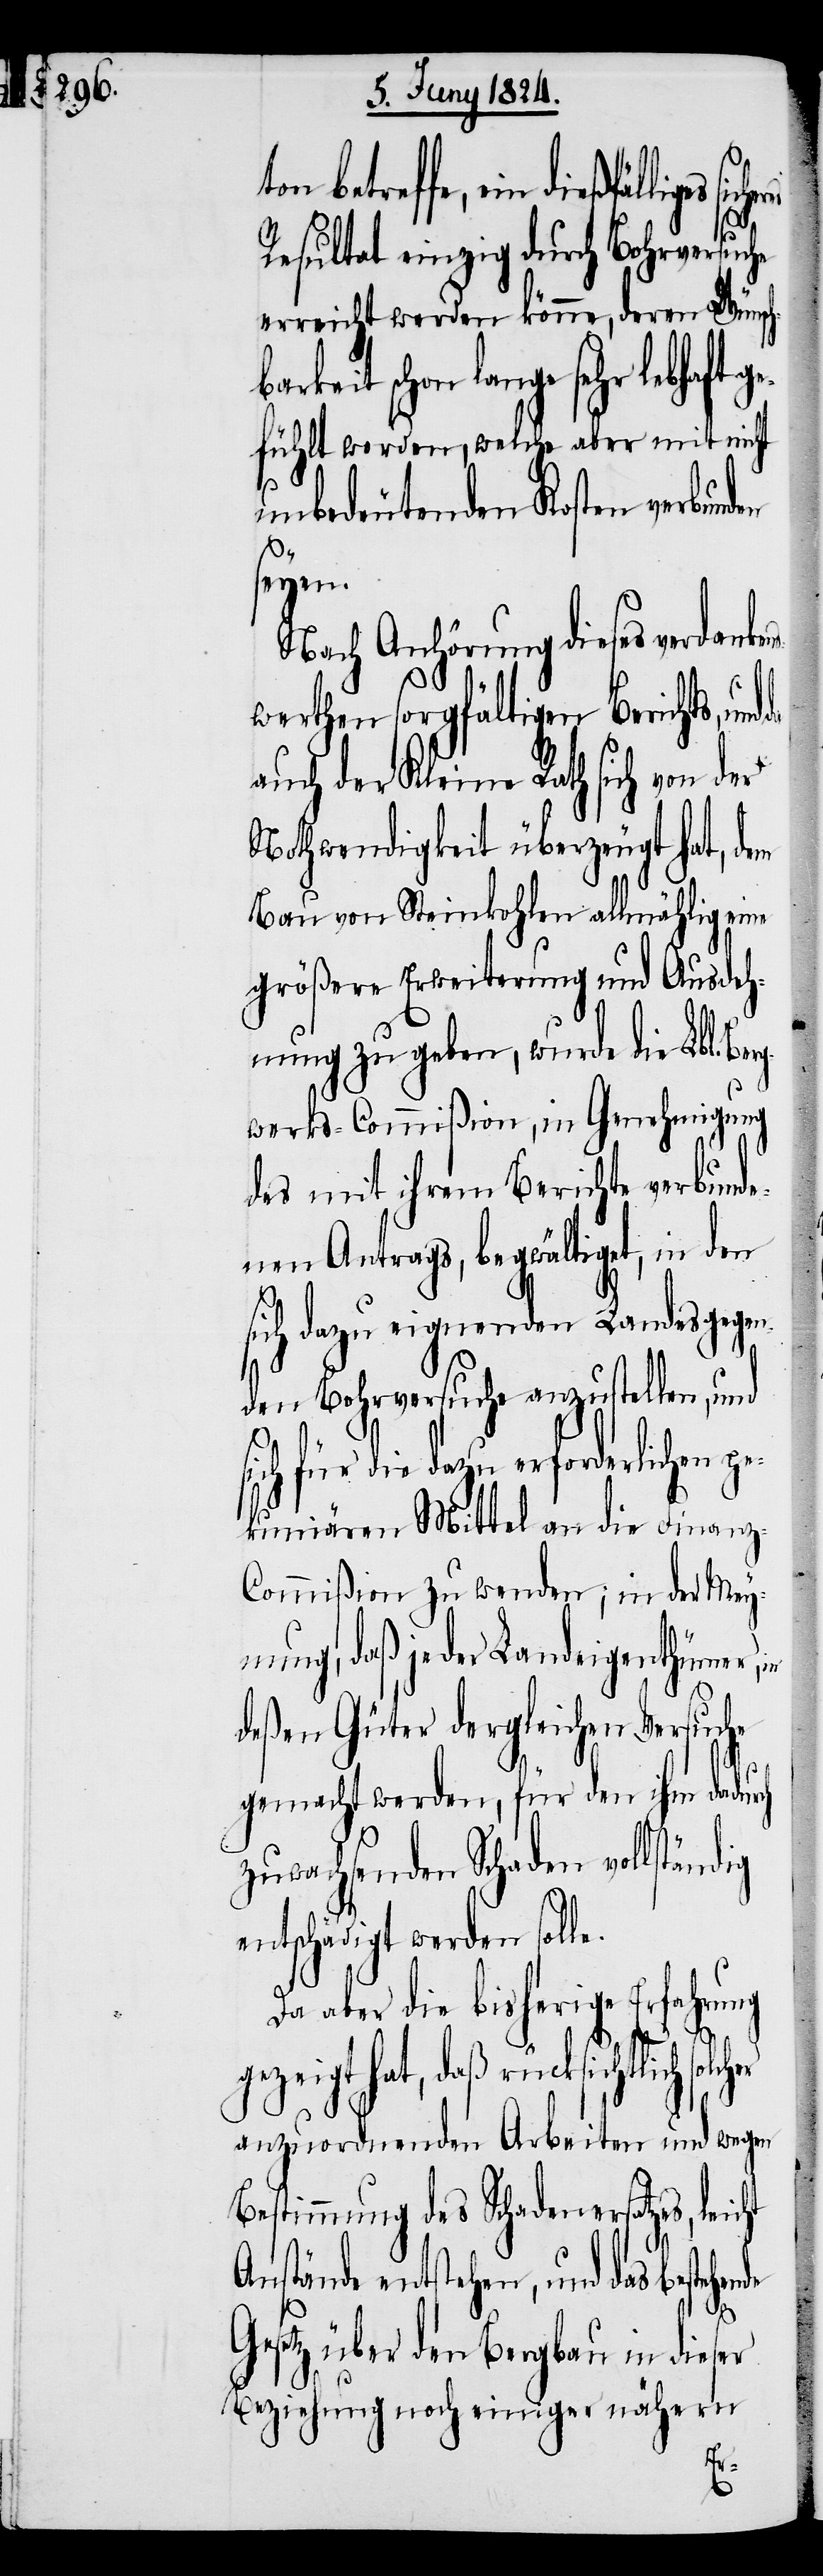
ton betreffe, ein dießfälliges
ht
Resultat einzig durch Bohrversu¬
erreicht werden könne, deren Wünsch¬
keit schon lange sehr lebhaft
fühlt worden, welche aber mit nicht
nde
unbedeutenden Kosten verbunden
seyen.
Nach Anhörung dieses verdanke¬
werthen sorgfältigen Berichts, und
auch der Kleine Rath sich von der
Nothwendigkeit überzeugt hat, dem
Bau von Steinkohlen allmächtig eine
größere Erweiterung und Ausdeh¬
nung zu geben, wurde die Lbl. Be¬
werks-Commißion, in Genehmigung
des mit ihrem Berichte verbunde¬
nen Antrags, begwältigt, in den
sich dazu eignenden Landesgegen¬
den Bohrversuche anzustellen, und
ich für die dazu erforderlichen p¬
ekuniären Mittel an die Finanz-C¬
ommißion zu wenden; in der Mey¬
nung, daß jeder Landeigenthümer,
deßen Güter dergleichen Versuche
gemacht werden, für den ihm dadur¬
zuwachsenden Schaden vollständig
entschädigt werden soll¬
Da aber die bisherige Erfahrung
gezeigt hat, daß rücksichtlich
anzuordnenden Arbeiten und wegen
Bestimmung des Schadenersatzes, leic¬
Anstände entstehen, und das bestehe¬
bar¬
Gesetz über den Bergbau in dieser
Beziehung noch einiger nähern